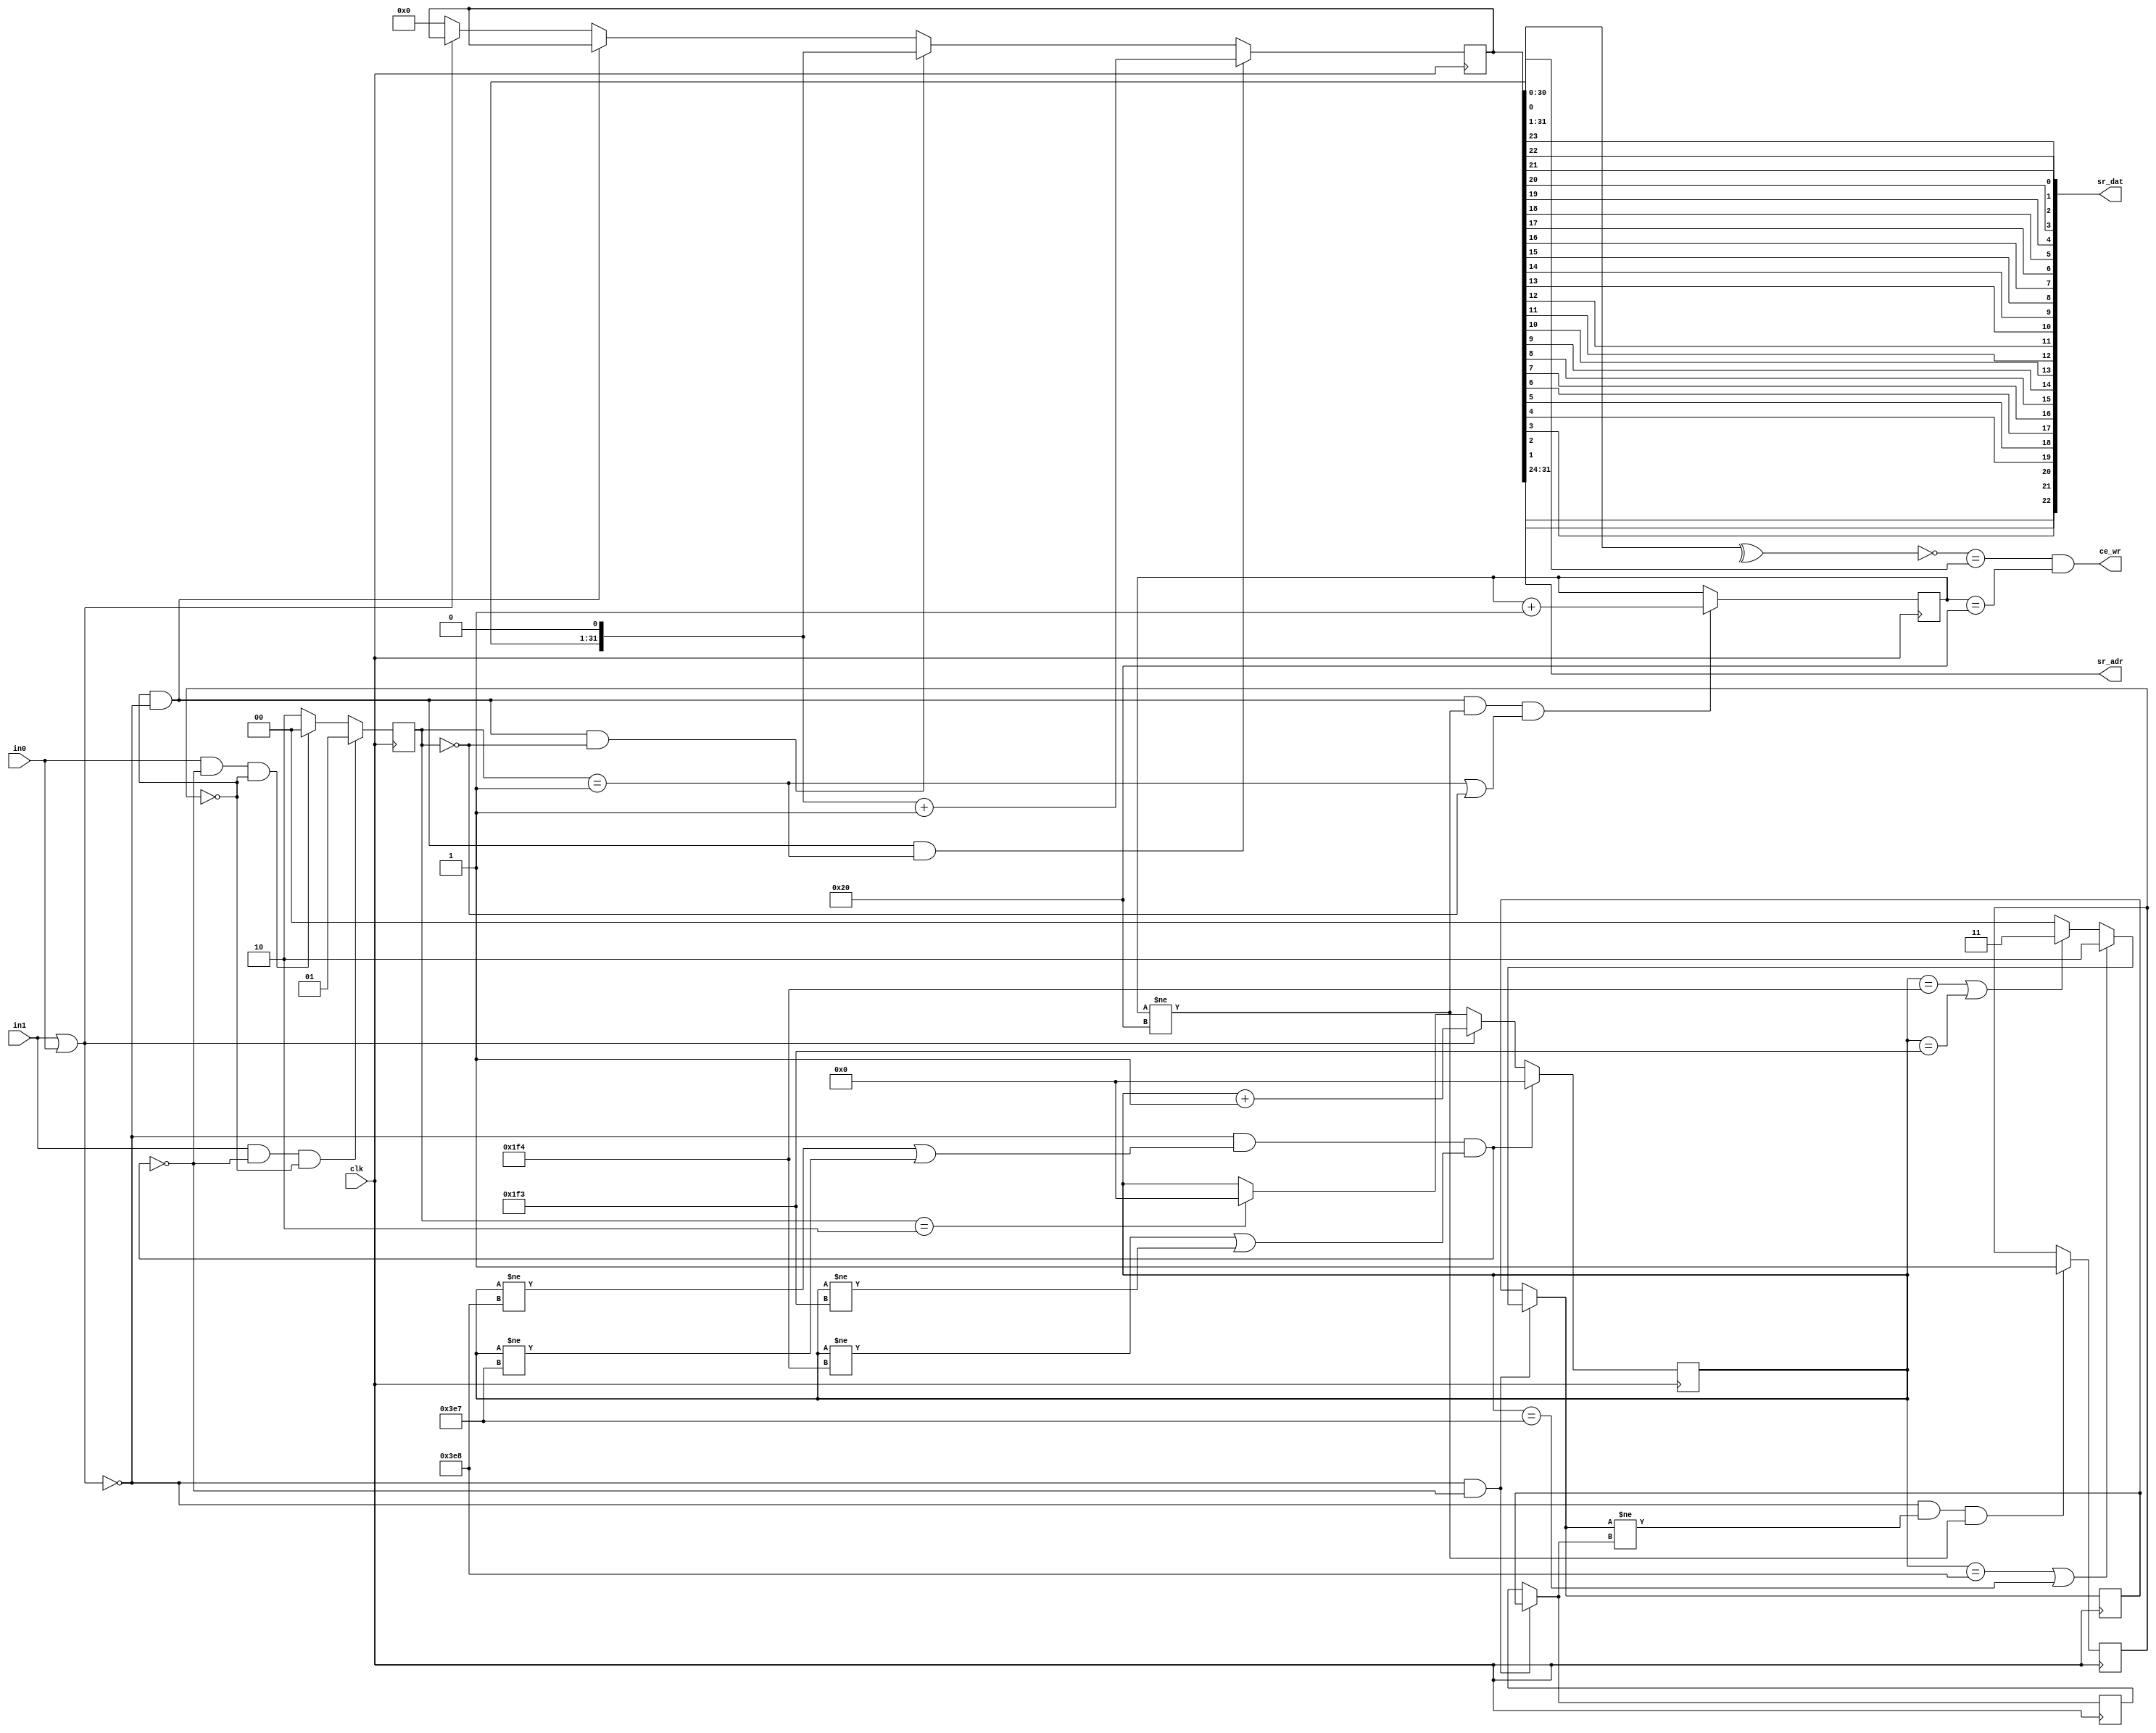
module AR_RXD(
    input clk,  // clock
    input in0,  // input for 0 signal
    input in1,  // input for 1 signal
    output [22:0] sr_dat,  // received data
    output [7:0]  sr_adr,  // received address
    output ce_wr  // receive completed correctly
    );
	 
        parameter Fclk = 50000000; 										// 50 MHz
        parameter V100kb = 100000;                                         // 100 kb/s
        parameter V50kb = 50000;                                             // 50 kb/s
        parameter V12_5kb = 12500;                                         // 12.5 kb/s
        parameter m100kb = Fclk/V100kb;                                     //      
        parameter m50kb = Fclk/V50kb;
        parameter m12_5kb = Fclk/V12_5kb;
    
        reg [31:0]data = 0;                                                    //  
        reg [6:0] cb = 0;                                                     //  
        reg [10:0] cc = 0;                                                    // c 
        reg [1:0] cur_mode = 0;                                                //   
        reg [1:0] prev_mode = 0;                                            //    
        reg [1:0] new_bit = 0;                                                //   1
        reg [0:0] err = 0;
        
        genvar i;
         generate for (i = 23; i >= 1; i = i - 1)
           begin
               assign sr_dat[i-1] = data[24-i];
           end  
        endgenerate
        
        assign sr_adr = data[31:24];
        assign parity =^ data[31:1];                                        // 
        assign ce_wr = (!parity == data[0]) && (cb == 32);            //   ,     
        assign sig = (in1 | in0);
        assign glitch = ((!sig) && ((cc != m12_5kb) || (cc != m12_5kb-1)) //  
                                      && ((cc != m50kb) || (cc != m50kb-1)) 
                                      && ((cc != m100kb) || (cc != m100kb-1)));
        
    
        always @(posedge clk) begin
            if (!sig & !glitch) prev_mode = cur_mode;
            if (!sig & !glitch) cur_mode = ((cc == m12_5kb) || (cc == m12_5kb-1)) ? 1 :
                          ((cc == m50kb) || (cc == m50kb-1)) ? 2 :
                          ((cc == m100kb) || (cc == m100kb-1)) ? 3 :
                          0;
            if ((!sig) && (cur_mode != prev_mode) && (cb != 32)) err <= 1;
    
            data <= ((!err) && (!sig) && (new_bit == 1)) ? ((data << 1) + 1) :
                     ((!err) && (!sig) && (new_bit == 0)) ? (data << 1):
                     ((!err) && (!sig)) ? data:
                     (sig) ? data :
                     0;
            if ((!err) && (!sig) && (cb != 32) && ((new_bit == 1) ||(new_bit == 0))) 
                cb <= cb + 1;
            
            new_bit <= (in1 && !glitch && !err) ? 1 : (in0 && !glitch && !err) ? 0 : 2;
            
            if (new_bit == 2) cc <= 0;
            if (sig) cc <= cc + 1;
            if (glitch) cc <= 0;
        end

endmodule